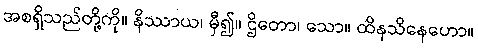
အစရှိသည်တို့ကို။ နိဿာယ၊ မှီ၍။ ဌိတော၊ သော။ ထိနသိနေဟော။